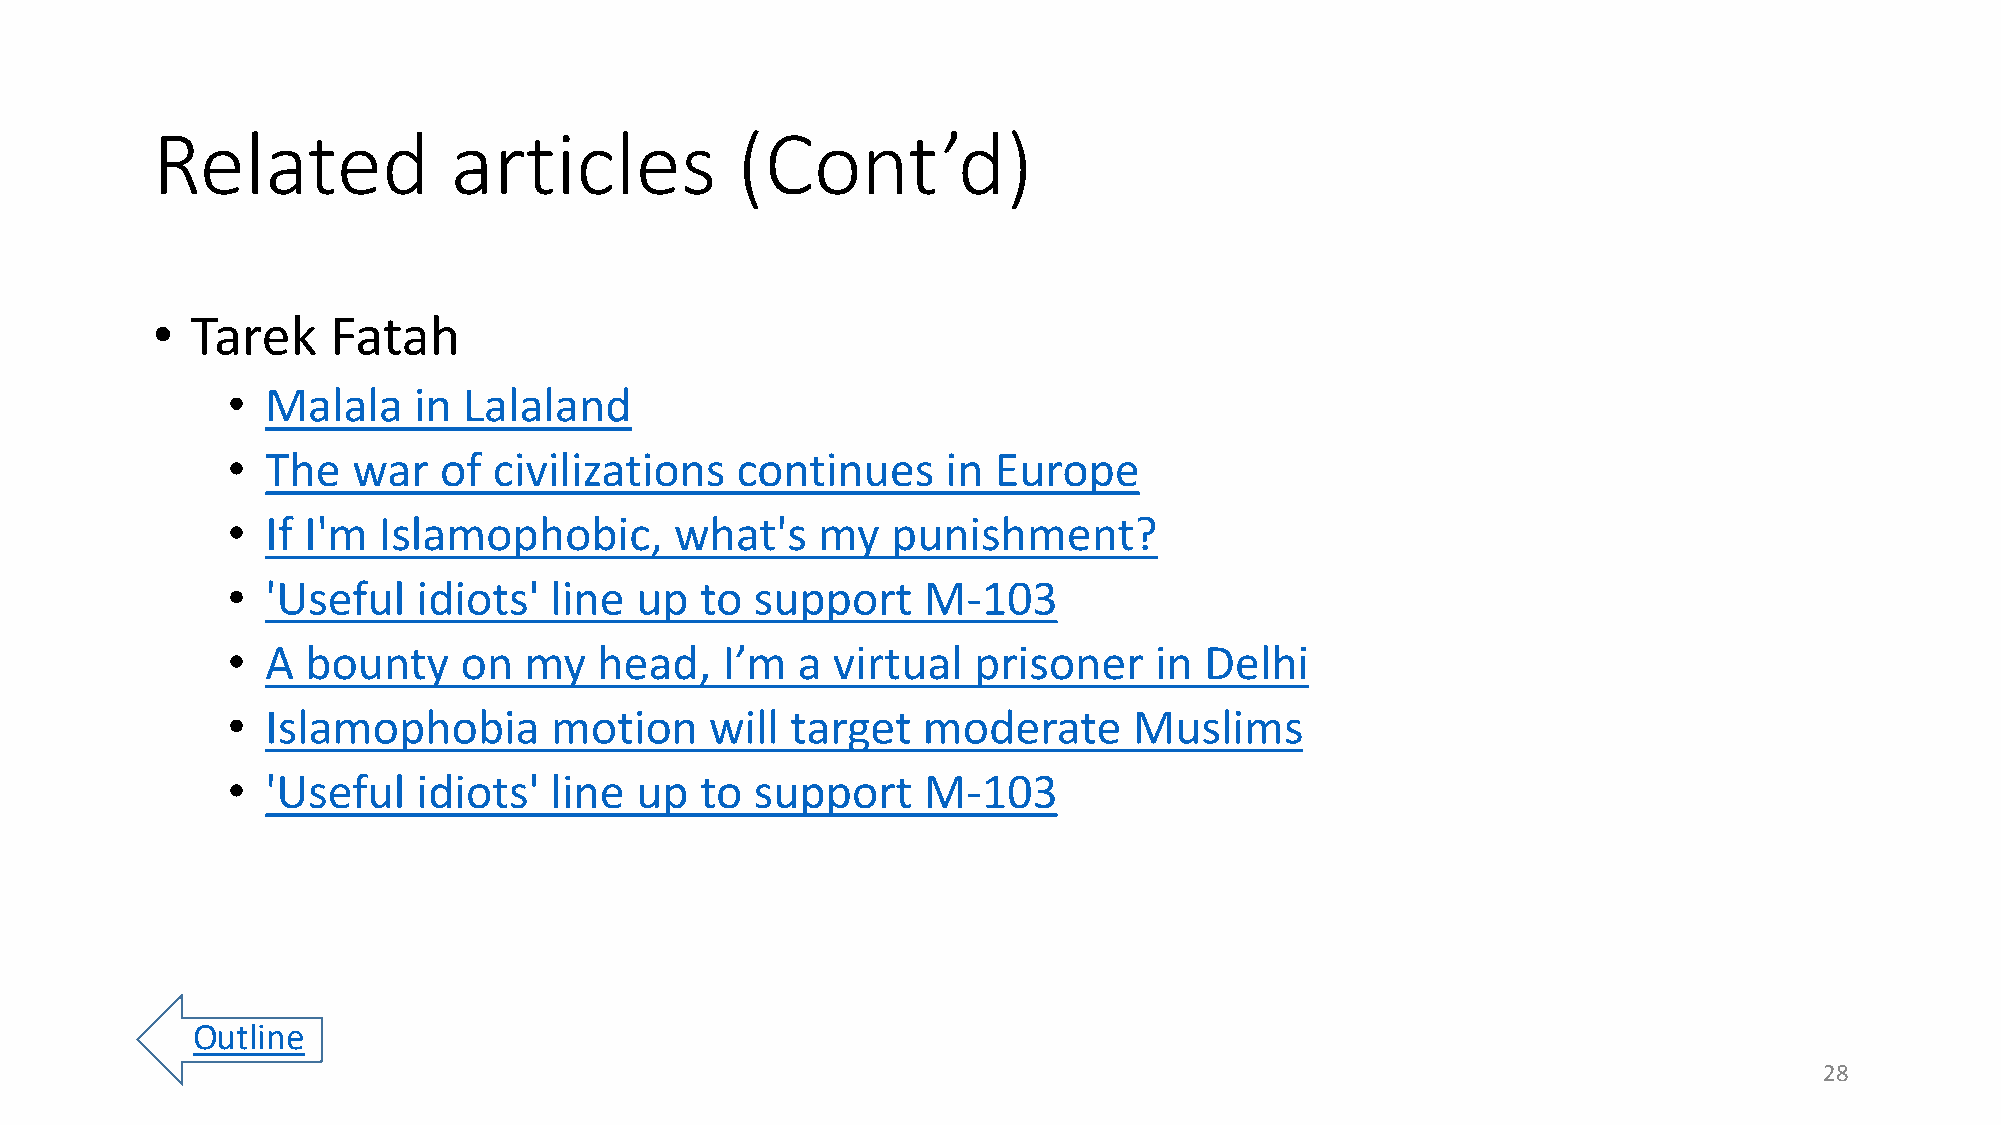
Related             articles           (Cont’d)
 •  Tarek    Fatah
 •  Malala   in  Lalaland
 •  The  war   of  civilizations   continues     in Europe
 •  If I'm Islamophobic,       what's   my   punishment?
 •  'Useful   idiots' line  up  to  support    M-103
 •  A bounty    on   my   head,   I’m  a virtual  prisoner    in  Delhi
 •  Islamophobia      motion     will target   moderate      Muslims
 •  'Useful   idiots' line  up  to  support    M-103
 Outline
 28